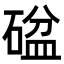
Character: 𥔞